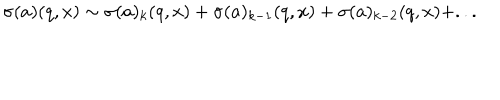
LaTeX: \sigma ( a ) ( q , x ) \sim \sigma ( a ) _ { k } ( q , x ) + \sigma ( a ) _ { k - 1 } ( q , x ) + \sigma ( a ) _ { k - 2 } ( q , x ) + . . .